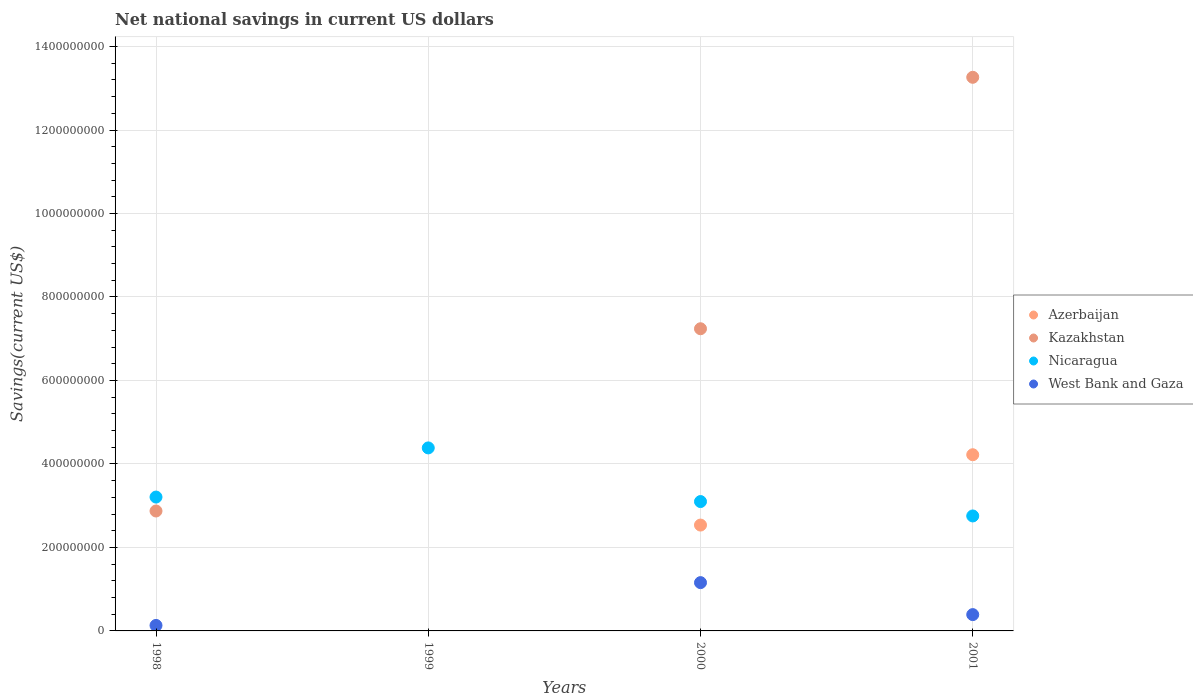
| Years | Azerbaijan | Kazakhstan | Nicaragua | West Bank and Gaza |
 | --- | --- | --- | --- | --- |
 | 1998 | -6.25e+08 | 2.87e+08 | 3.21e+08 | 1.32e+07 |
 | 1999 | -9.92e+07 | -1.01e+08 | 4.38e+08 | -2.73e+07 |
 | 2000 | 2.54e+08 | 7.24e+08 | 3.1e+08 | 1.16e+08 |
 | 2001 | 4.22e+08 | 1.33e+09 | 2.75e+08 | 3.91e+07 |